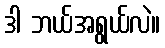
ဒါ ဘယ်အရွယ်လဲ။